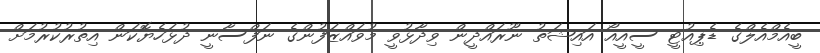
ބީއެމްއެލްގެ ޑެޕިއުޓީ ސީއީއޯ އައިޝަތު ނޫރައްދީން ވިދާޅުވީ މުވައްޒަފުންގެ ނަފްސާނީ ދުޅަހެޔޮކަން އިތުރުކުރުމަށް